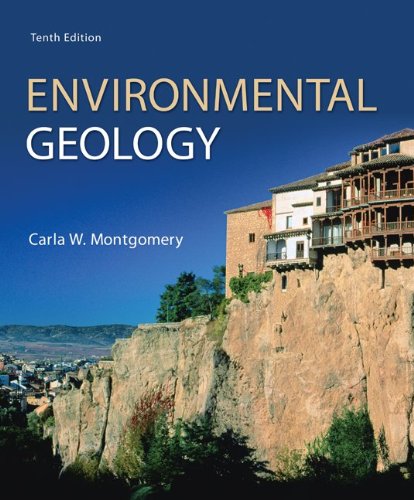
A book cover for Environmental Geology; Carla Montgomery; Science & Math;